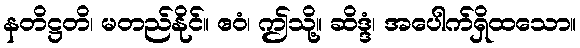
နတိဋ္ဌတိ၊ မတည်နိုင်။ ဧဝံ၊ ဤသို့။ ဆိဒ္ဒံ၊ အပေါက်ရှိထသော။